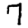
Digit: 7